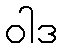
ဝါဒ